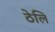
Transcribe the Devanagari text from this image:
ठेलि